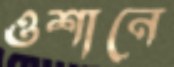
ওশানে